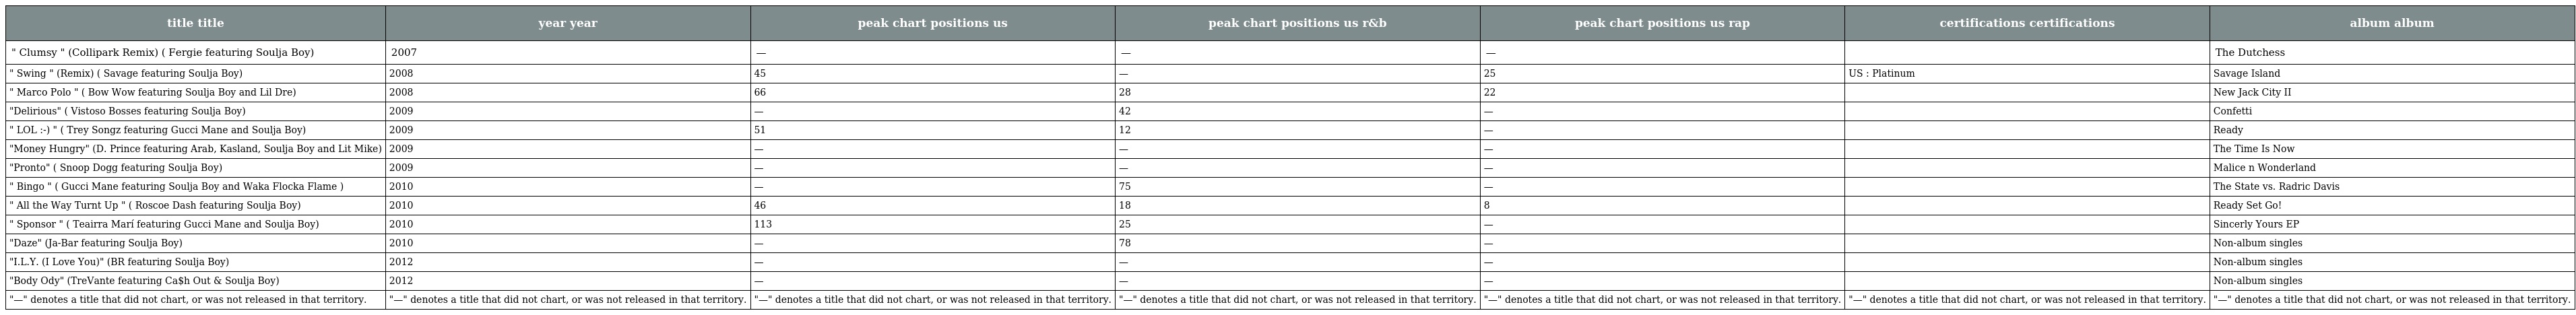
| title title | year year | peak chart positions us | peak chart positions us r&b | peak chart positions us rap | certifications certifications | album album |
 | --- | --- | --- | --- | --- | --- | --- |
 | " Clumsy " (Collipark Remix) ( Fergie featuring Soulja Boy) | 2007 | — | — | — |  | The Dutchess |
 | " Swing " (Remix) ( Savage featuring Soulja Boy) | 2008 | 45 | — | 25 | US : Platinum | Savage Island |
 | " Marco Polo " ( Bow Wow featuring Soulja Boy and Lil Dre) | 2008 | 66 | 28 | 22 |  | New Jack City II |
 | "Delirious" ( Vistoso Bosses featuring Soulja Boy) | 2009 | — | 42 | — |  | Confetti |
 | " LOL :-) " ( Trey Songz featuring Gucci Mane and Soulja Boy) | 2009 | 51 | 12 | — |  | Ready |
 | "Money Hungry" (D. Prince featuring Arab, Kasland, Soulja Boy and Lit Mike) | 2009 | — | — | — |  | The Time Is Now |
 | "Pronto" ( Snoop Dogg featuring Soulja Boy) | 2009 | — | — | — |  | Malice n Wonderland |
 | " Bingo " ( Gucci Mane featuring Soulja Boy and Waka Flocka Flame ) | 2010 | — | 75 | — |  | The State vs. Radric Davis |
 | " All the Way Turnt Up " ( Roscoe Dash featuring Soulja Boy) | 2010 | 46 | 18 | 8 |  | Ready Set Go! |
 | " Sponsor " ( Teairra Marí featuring Gucci Mane and Soulja Boy) | 2010 | 113 | 25 | — |  | Sincerly Yours EP |
 | "Daze" (Ja-Bar featuring Soulja Boy) | 2010 | — | 78 | — |  | Non-album singles |
 | "I.L.Y. (I Love You)" (BR featuring Soulja Boy) | 2012 | — | — | — |  | Non-album singles |
 | "Body Ody" (TreVante featuring Ca$h Out & Soulja Boy) | 2012 | — | — | — |  | Non-album singles |
 | "—" denotes a title that did not chart, or was not released in that territory. | "—" denotes a title that did not chart, or was not released in that territory. | "—" denotes a title that did not chart, or was not released in that territory. | "—" denotes a title that did not chart, or was not released in that territory. | "—" denotes a title that did not chart, or was not released in that territory. | "—" denotes a title that did not chart, or was not released in that territory. | "—" denotes a title that did not chart, or was not released in that territory. |